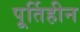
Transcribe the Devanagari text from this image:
पूर्तिहीन